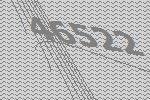
46522